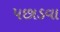
પછાડવા